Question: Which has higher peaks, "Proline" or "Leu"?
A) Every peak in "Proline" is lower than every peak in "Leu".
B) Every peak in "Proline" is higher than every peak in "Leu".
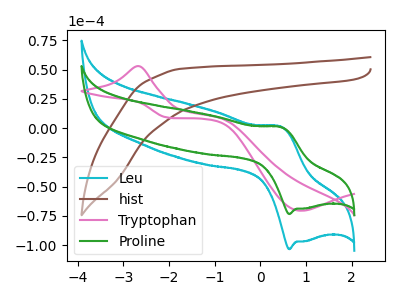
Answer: <think>The cyan curve "Leu" has an anodic peak at (0.45V, 1.20uA) and a cathodic peak at (0.65V, -103.40uA). The brown curve "hist" has no peaks. The pink curve "Tryptophan" has an anodic peak at (-2.65V, 53.00uA) and a cathodic peak at (0.90V, -70.60uA). The green curve "Proline" has an anodic peak at (0.45V, 0.85uA) and a cathodic peak at (0.65V, -73.45uA).</think>
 <answer>A) Every peak in "Proline" is lower than every peak in "Leu".</answer>
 <eval>A</eval>